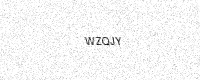
Text: WZQJY